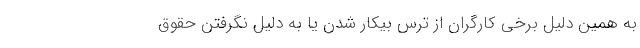
به همین دلیل برخی کارگران از ترس بیکار شدن یا به دلیل نگرفتن حقوق